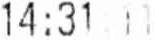
14:31:11